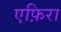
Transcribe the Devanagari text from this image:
एफ़िरा